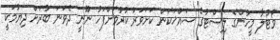
ވޯޓުލާ މީހުންގެ ލިސްޓުގެ ސައްޚަކަން ކަށަވަރު ކުރުމަށްފަހު ނޫނީ ދެވަނަ ބުރަށް ދިޔުމަކީ